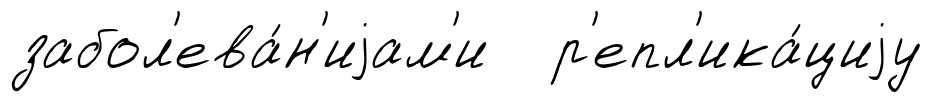
забол'ева́н'иjам'и р'епл'ика́циjу